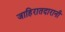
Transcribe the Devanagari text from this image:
जाहिरातदारानी